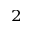
^ 2